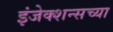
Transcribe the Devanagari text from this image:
इंजेक्शन्सच्या